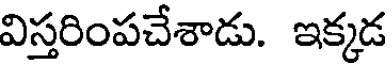
విస్తరింపచేశాడు. ఇక్కడ